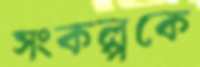
সংকল্পকে